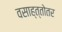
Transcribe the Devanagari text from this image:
वसाह्त्तोतर